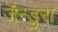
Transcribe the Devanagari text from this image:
जैन्डुरा